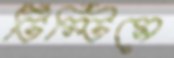
টিম্‌টিমে